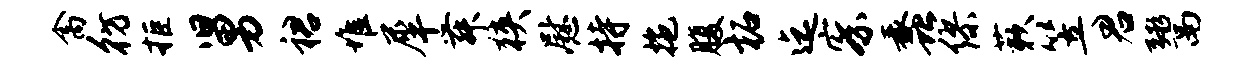
禽彷拒舅裙堆犀舞狭慰持拖腹柘迄察蠡缪蔌笠君鬻